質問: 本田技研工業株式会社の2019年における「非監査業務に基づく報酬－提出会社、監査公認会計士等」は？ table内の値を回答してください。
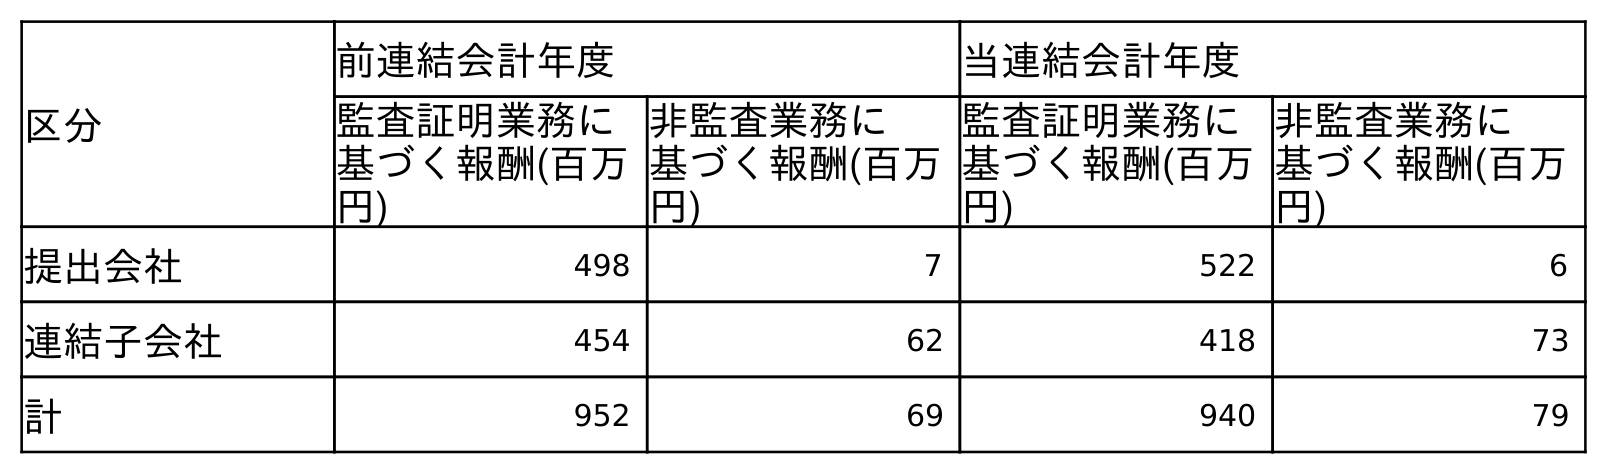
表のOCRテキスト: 区分 前連結会計年度 当連結会計年度 監査証明業務に 基づく報酬(百万 円) 非監査業務に 基づく報酬(百万 円) 監査証明業務に 基づく報酬(百万 円) 非監査業務に 基づく報酬(百万 円) 提出会社 498 7 522 6 連結子会社 454 62 418 73 計 952 69 940 79
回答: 7